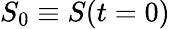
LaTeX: S_{0}\equiv S(t=0)